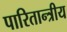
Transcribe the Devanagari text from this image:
पारितान्त्रीय